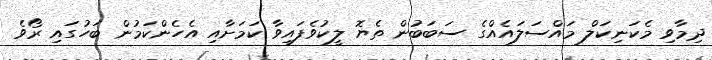
ދިމާވި މެކަނިކަލް މައްސަލައެއްގެ ސަބަބުން ތެޔޮ ލީކުވެފައިވާ ކަމަށާއި އެހެންކަމުން ބަހުގައި ރޯވެ